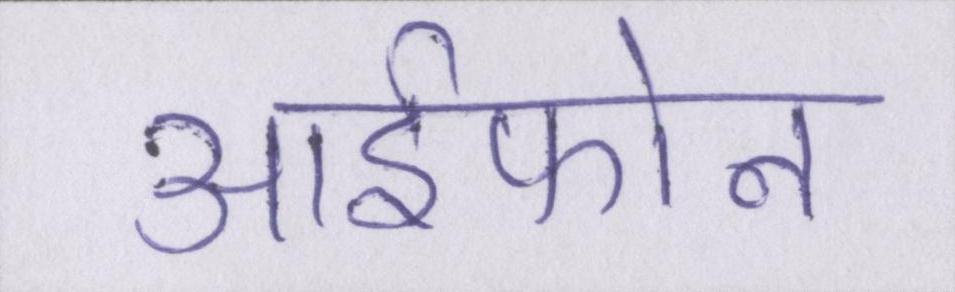
आईफोन